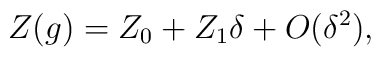
Z(g) = Z_0 + Z_1 \delta + O(\delta^2),